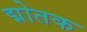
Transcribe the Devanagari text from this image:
द्मोतक